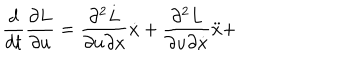
LaTeX: \frac { d } { d t } \frac { \partial L } { \partial u } = \frac { \partial ^ { 2 } L } { \partial u \partial x } \dot { x } + \frac { \partial ^ { 2 } L } { \partial u \partial \dot { x } } \ddot { x } +